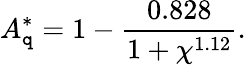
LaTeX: A_{\mathtt{q}}^{*}=1-\frac{{0.828}}{{1+\chi^{1.12}}}.